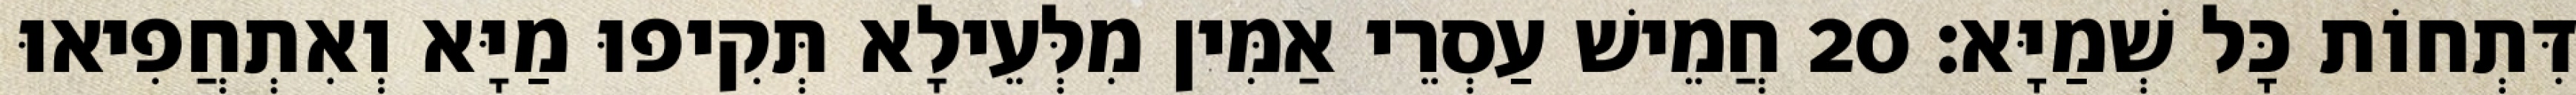
דִּתְחוֹת כָּל שְׁמַיָּא׃ 20 חֲמֵישׁ עַסְרֵי אַמִּין מִלְּעֵילָא תְּקִיפוּ מַיָּא וְאִתְחֲפִיאוּ